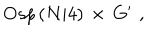
\begin{array} { c c c } { { O s p \left( N \vert 4 \right) \, \times \, G ^ { \prime } } } \\ \end{array} \, ,